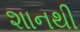
શાનથી